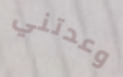
وعدتني